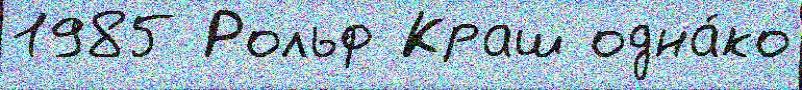
1985 Рольф Краш одна́ко